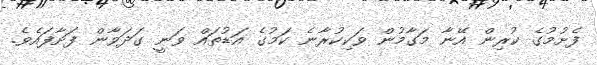
ފެށުމުގެ ކުރިން އޭނާ މަގާމުން ވަކިކުރާނެ ކަމުގެ އަޑުތައް ވަނީ ގަދަވާން ފަށާފައެވެ.